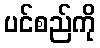
ပင်စည်ကို